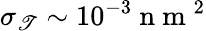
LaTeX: \sigma_{\mathscr{T}}\sim10^{-3}\mathrm{{~n~m~}}^{2}